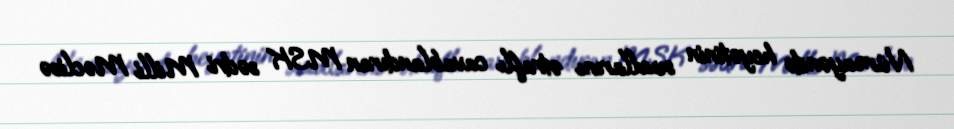
Nümayəndə heyətinin suallarını ətraflı cavablandıran MSK sədri Milli Məclisə